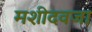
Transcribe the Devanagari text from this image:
मशीदवजा